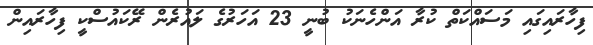
ފިހާރައިގައި މަސައްކަތް ކުރާ އަންހެނަކު ބުނީ 23 އަހަރުގެ ލައުރެން ރޭކައުސްކީ ފިހާރައިން